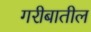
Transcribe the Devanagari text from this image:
गरीबातील